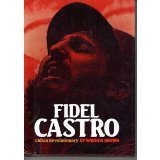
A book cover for Fidel Castro; Warren Brown; Teen & Young Adult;